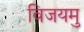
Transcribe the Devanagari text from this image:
विजयमु